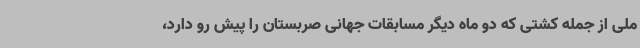
ملی از جمله کشتی که دو ماه دیگر مسابقات جهانی صربستان را پیش رو دارد،